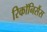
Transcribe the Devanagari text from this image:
रिकॉनिसैंस